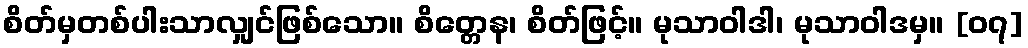
စိတ်မှတစ်ပါးသာလျှင်ဖြစ်သော။ စိတ္တေန၊ စိတ်ဖြင့်။ မုသာဝါဒါ၊ မုသာဝါဒမှ။ [၀၇]